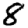
Digit: 8